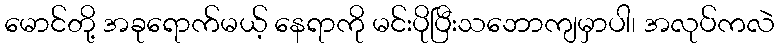
မောင်တို့ အခုရောက်မယ့် နေရာကို မင်းပိုပြီးသဘောကျမှာပါ၊ အလုပ်ကလဲ